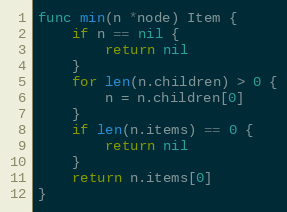
Language: Go
func min(n *node) Item {
	if n == nil {
		return nil
	}
	for len(n.children) > 0 {
		n = n.children[0]
	}
	if len(n.items) == 0 {
		return nil
	}
	return n.items[0]
}